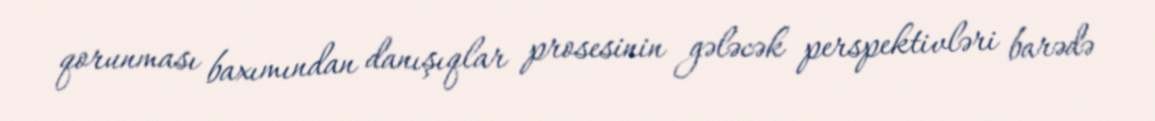
qorunması baxımından danışıqlar prosesinin gələcək perspektivləri barədə